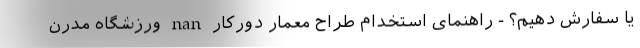
یا سفارش دهیم؟ - راهنمای استخدام طراح معمار دورکار nan ورزشگاه مدرن